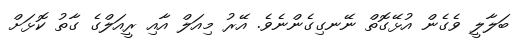
ބަލާލީ ވެގެން އުޅޭގޮތް ނޭނގިގެންނެވެ. އޭރު މިއަލް އާއި ރީއަލްގެ ގާތު ކޮޅަށް